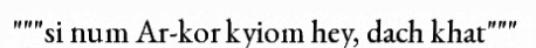
"""si num Ar-kor kyiom hey, dach khat"""